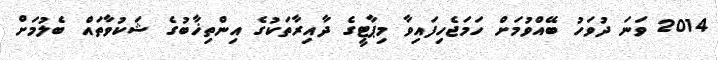
2014 ވަނަ ދުވަހު ބޭއްވުމަށް ހަމަޖެހިފައިވާ މިޕާޓީގެ ދާއިރާތަކުގެ އިންތިޚާބުގެ ޝަކުވާތައް ބެލުމަށް